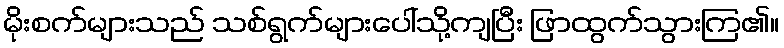
မိုးစက်များသည် သစ်ရွက်များပေါ်သို့ကျပြီး ဖြာထွက်သွားကြ၏။